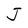
Character: J